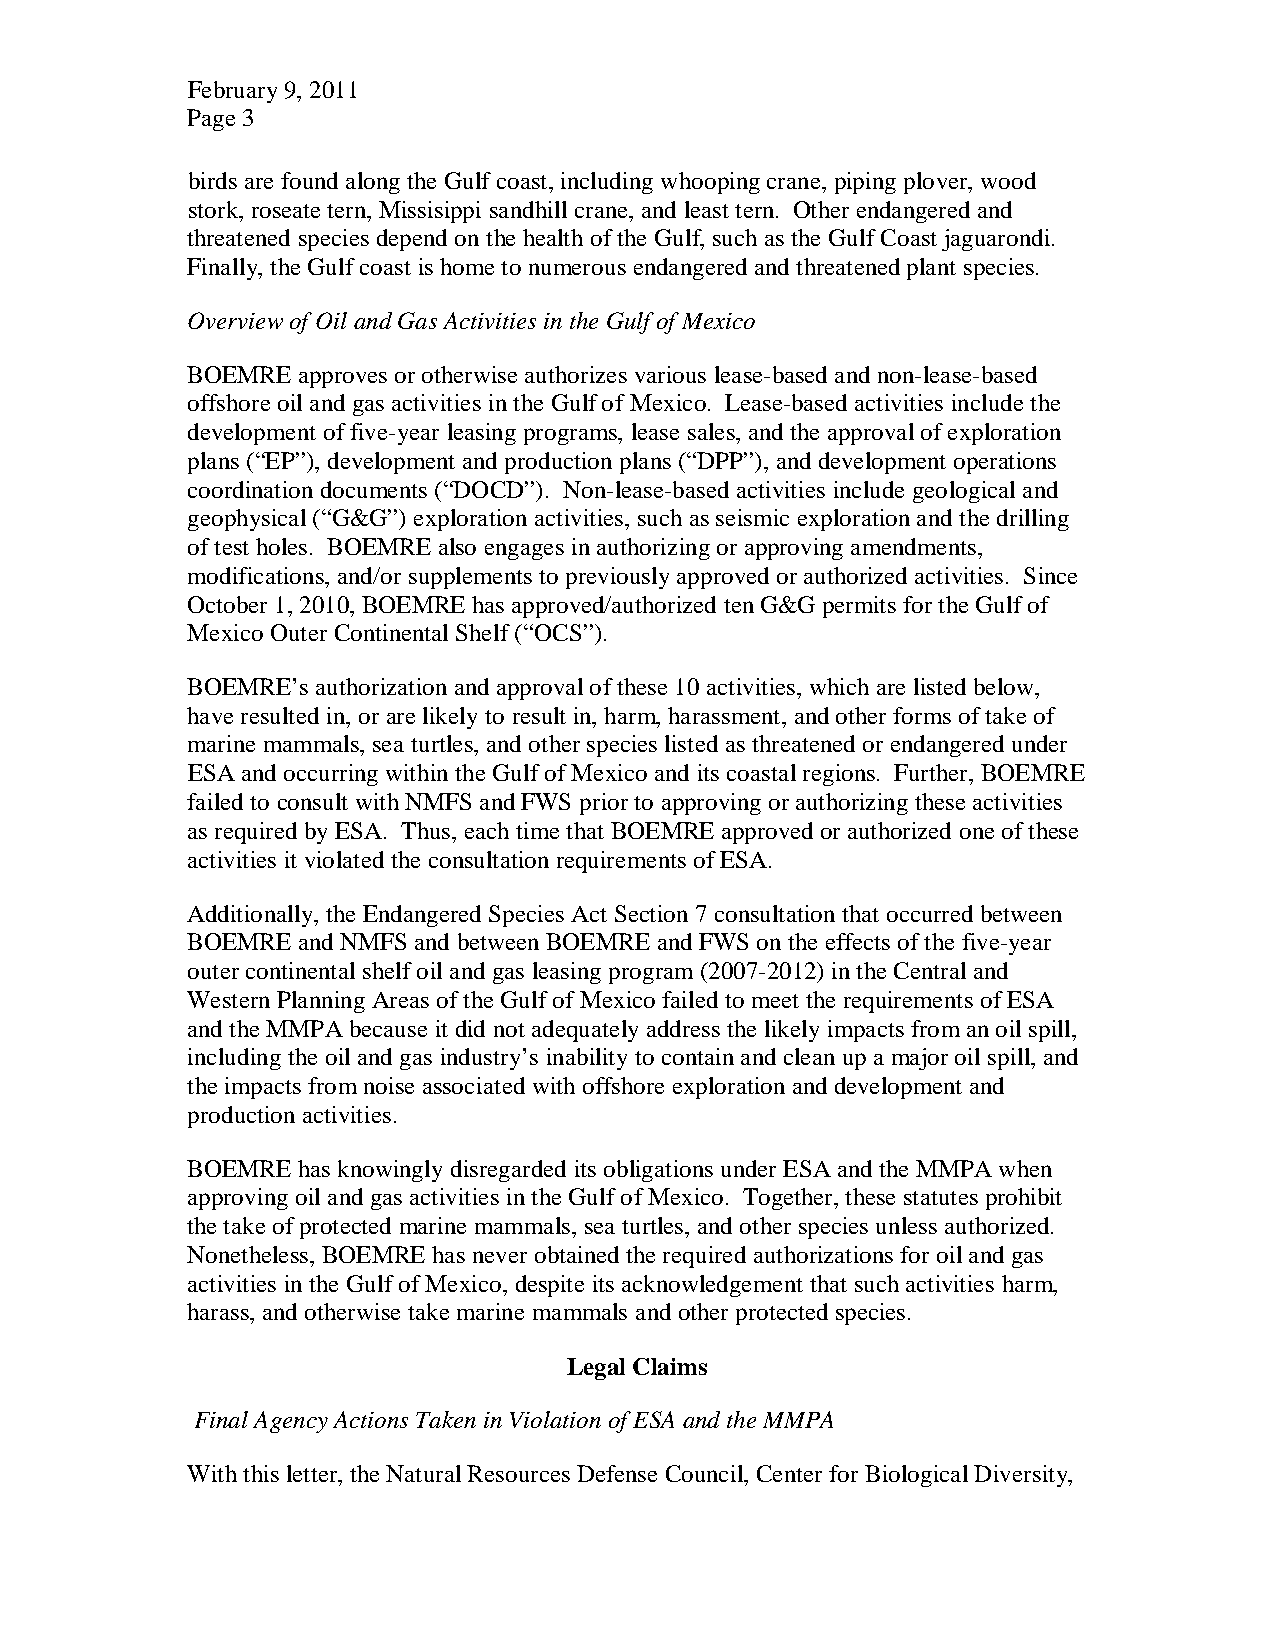
February 9, 2011
 Page 3
 birds are found along the Gulf coast, including whooping crane, piping plover, wood
 stork, roseate tern, Missisippi sandhill crane, and least tern. Other endangered and
 threatened species depend on the health of the Gulf, such as the Gulf Coast jaguarondi.
 Finally, the Gulf coast is home to numerous endangered and threatened plant species.
 Overview of Oil and Gas Activities in the Gulf of Mexico
 BOEMRE  approves or otherwise authorizes various lease-based and non-lease-based
 offshore oil and gas activities in the Gulf of Mexico. Lease-based activities include the
 development of five-year leasing programs, lease sales, and the approval of exploration
 plans (“EP”), development and production plans (“DPP”), and development operations
 coordination documents (“DOCD”). Non-lease-based activities include geological and
 geophysical (“G&G”) exploration activities, such as seismic exploration and the drilling
 of test holes. BOEMRE also engages in authorizing or approving amendments,
 modifications, and/or supplements to previously approved or authorized activities. Since
 October 1, 2010, BOEMRE has approved/authorized ten G&G permits for the Gulf of
 Mexico Outer Continental Shelf (“OCS”).
 BOEMRE’s authorization and approval of these 10 activities, which are listed below,
 have resulted in, or are likely to result in, harm, harassment, and other forms of take of
 marine mammals, sea turtles, and other species listed as threatened or endangered under
 ESA and occurring within the Gulf of Mexico and its coastal regions. Further, BOEMRE
 failed to consult with NMFS and FWS prior to approving or authorizing these activities
 as required by ESA. Thus, each time that BOEMRE approved or authorized one of these
 activities it violated the consultation requirements of ESA.
 Additionally, the Endangered Species Act Section 7 consultation that occurred between
 BOEMRE  and NMFS and between BOEMRE and FWS on the effects of the five-year
 outer continental shelf oil and gas leasing program (2007-2012) in the Central and
 Western Planning Areas of the Gulf of Mexico failed to meet the requirements of ESA
 and the MMPA because it did not adequately address the likely impacts from an oil spill,
 including the oil and gas industry’s inability to contain and clean up a major oil spill, and
 the impacts from noise associated with offshore exploration and development and
 production activities.
 BOEMRE  has knowingly disregarded its obligations under ESA and the MMPA when
 approving oil and gas activities in the Gulf of Mexico. Together, these statutes prohibit
 the take of protected marine mammals, sea turtles, and other species unless authorized.
 Nonetheless, BOEMRE has never obtained the required authorizations for oil and gas
 activities in the Gulf of Mexico, despite its acknowledgement that such activities harm,
 harass, and otherwise take marine mammals and other protected species.
 Legal Claims
 Final Agency Actions Taken in Violation of ESA and the MMPA
 With this letter, the Natural Resources Defense Council, Center for Biological Diversity,